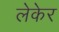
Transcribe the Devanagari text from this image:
लेकेर